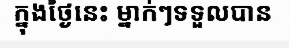
ក្នុងថ្ងៃនេះ ម្នាក់ៗទទួលបាន